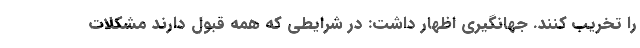
را تخریب کنند. جهانگیری اظهار داشت: در شرایطی که همه قبول دارند مشکلات